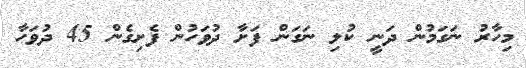
މިހާރު ނަގަމުން ދަނީ ކުލި ނަގަން ފަށާ ދުވަހުން ފެށިގެން 45 ދުވަހާ